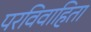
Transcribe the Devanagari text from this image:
परविवाहिता